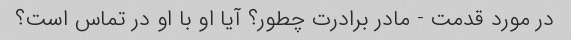
در مورد قدمت - مادر برادرت چطور؟ آیا او با او در تماس است؟